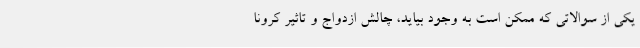
یکی از سوالاتی که ممکن است به وجود بیاید، چالش ازدواج و تاثیر کرونا